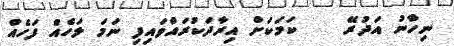
ނިހާނު އަދުރޭ    ކަމަކަށް އިރާދަކުރައްވައިފި ނަމަ ލަހެއް ފަހެއް